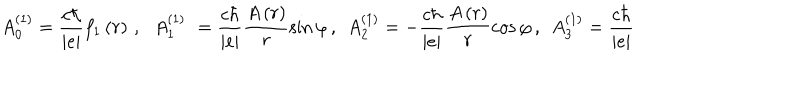
A _ { 0 } ^ { \left( 1 \right) } = \frac { c \hbar } { \left| e \right| } f _ { 1 } \left( r \right) \, , \, \; \, A _ { 1 } ^ { \left( 1 \right) } \, \, = \frac { c \hbar } { \left| e \right| } \frac { A \left( r \right) } { r } \sin \varphi \, , \; \, A _ { 2 } ^ { \left( 1 \right) } = - \frac { c \hbar } { \left| e \right| } \frac { A \left( r \right) } { r } \cos \varphi \, , \; \, A _ { 3 } ^ { \left( 1 \right) } = \frac { c \hbar } { \left| e \right| }